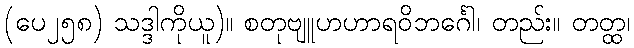
(ပေ၂၅၈) သဒ္ဒါကိုယူ)။ စတုဗျူဟဟာရဝိဘင်္ဂေါ၊ တည်း။ တတ္ထ၊